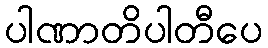
ပါဏာတိပါတီပေ